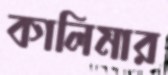
কালিমার